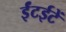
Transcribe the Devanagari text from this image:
ईंटईटें